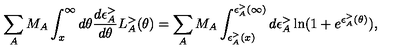
\sum _ { A } M _ { A } \int _ { x } ^ { \infty } d \theta \frac { d \epsilon _ { A } ^ { > } } { d \theta } L _ { A } ^ { > } ( \theta ) = \sum _ { A } M _ { A } \int _ { \epsilon _ { A } ^ { > } ( x ) } ^ { \epsilon _ { A } ^ { > } ( \infty ) } d \epsilon _ { A } ^ { > } \ln ( 1 + e ^ { \epsilon _ { A } ^ { > } ( \theta ) } ) ,